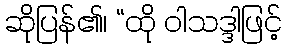
ဆိုပြန်၏၊ “ထို ဝါသဒ္ဒါဖြင့်